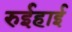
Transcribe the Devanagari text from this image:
रुईहाई